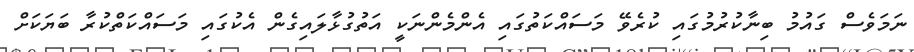
ނަމަވެސް ގައުމު ބިނާކުރުމުގައި ކުރެވޭ މަސައްކަތުގައި އެންމެންނަކީ އަތުގުޅާލައިގެން އެކުގައި މަސައްކަތްކުރާ ބަޔަކަށް